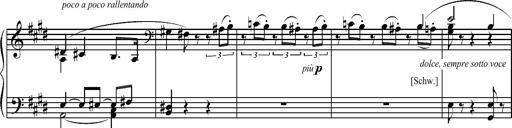
Title: Pilgerchor aus TannhÃ¤user
Composer: Franz Liszt